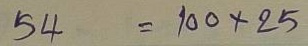
54 = 100x25